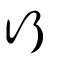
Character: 行